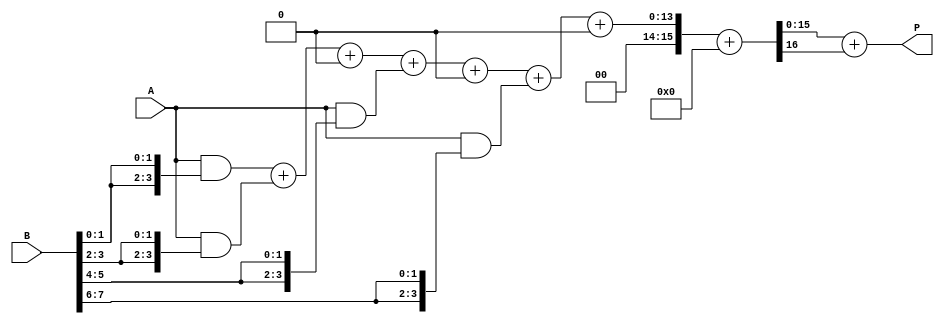
module radix4_wallace_multiplier #(parameter N = 8, M = 8) (
    input [N-1:0] A, // Multiplicand
    input [M-1:0] B, // Multiplier
    output reg [N+M-1:0] P // Product
);

    // Partial product generation
    wire [N-1:0] pp [0:M/2-1]; // Partial products
    genvar i, j;
    
    generate
        for (i = 0; i < M/2; i = i + 1) begin : pp_gen
            assign pp[i] = A & {2{B[2*i +: 2]}};
        end
    endgenerate

    // Wallace tree reduction
    wire [N+M-1:0] S [0:M/2-1]; // Sums
    wire [N+M-1:0] C [0:M/2-1]; // Carries

    // Initialize the first stage of Wallace tree
    assign S[0] = pp[0];
    assign C[0] = 0;

    generate
        for (i = 1; i < M/2; i = i + 1) begin : wallace_tree
            // Full adder for the first three bits
            assign {C[i], S[i]} = S[i-1] + pp[i] + C[i-1];
        end
    endgenerate

    // Final addition
    wire [N+M-1:0] final_sum;
    wire [N+M-1:0] final_carry;

    assign {final_carry, final_sum} = S[M/2-1] + C[M/2-1];

    // Output the product
    always @(*) begin
        P = final_sum + final_carry;
    end

endmodule